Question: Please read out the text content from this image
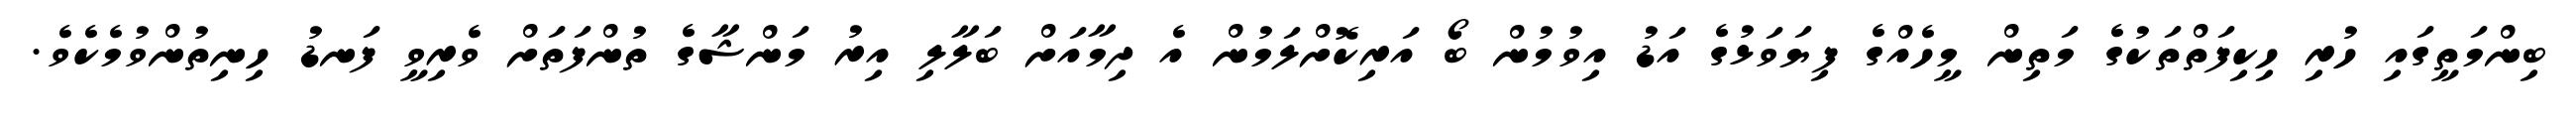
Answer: ބިންމަތީގައި ހުރި ހިކިފަތްތަކުގެ މަތިން މީހެއްގެ ފިޔަވަޅުގެ އަޑު އިވުމުން ބޯ އަރިކޮށްލަމުން އެ ދިމާއަށް ބަލާލި އިރު މަންޝާގެ ތުންފަތަށް ވެރިވީ ފަނޑު ހިނިތުންވުމެކެވެ.